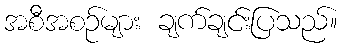
အစီအစဉ်များ ချက်ချင်းပြသည်။